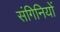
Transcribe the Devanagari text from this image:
संगिनियों